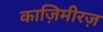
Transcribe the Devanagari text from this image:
काज़िमीरज़